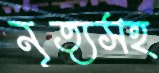
নৃত্যসহ